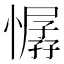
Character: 𢢁